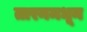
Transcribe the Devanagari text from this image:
तारनमधून